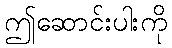
ဤဆောင်းပါးကို